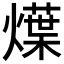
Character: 𤐌